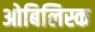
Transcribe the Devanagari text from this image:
ओबिलिस्क